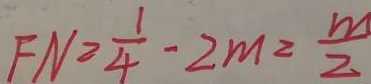
F N = \frac { 1 } { 4 } - 2 m = \frac { m } { 2 }